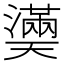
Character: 𤂀